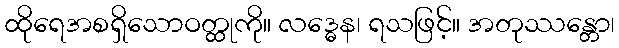
ထိုရေအစရှိသောဝတ္ထုကို။ လဒ္ဓေန၊ ရသဖြင့်။ အတုဿန္တော၊